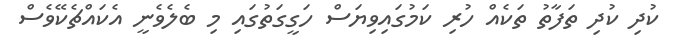
ކުދި ކުދި ތަފާތު ތަކެއް ހުރި ކަމުގައިވިޔަސް ހަގީގަތުގައި މި ބެލެވެނީ އެކަައްޗެކޭވެސް